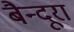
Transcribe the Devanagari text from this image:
बैन्दूरा